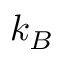
k _ { B }